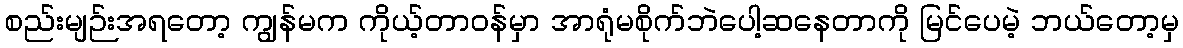
စည်းမျဉ်းအရတော့ ကျွန်မက ကိုယ့်တာဝန်မှာ အာရုံမစိုက်ဘဲပေါ့ဆနေတာကို မြင်ပေမဲ့ ဘယ်တော့မှ